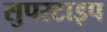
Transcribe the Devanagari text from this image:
सुपरटाइप